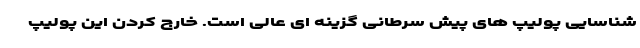
شناسایی پولیپ های پیش سرطانی گزینه ای عالی است. خارج کردن این پولیپ